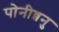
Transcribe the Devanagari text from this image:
पोनीव्वनु